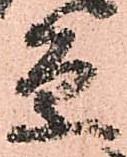
条